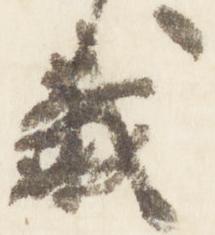
載